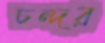
চন্দর